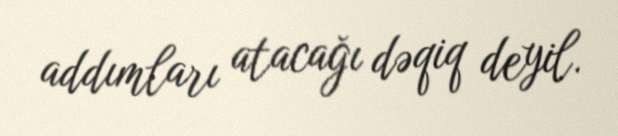
addımları atacağı dəqiq deyil.